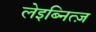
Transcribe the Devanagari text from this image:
लेइब्नित्ज़